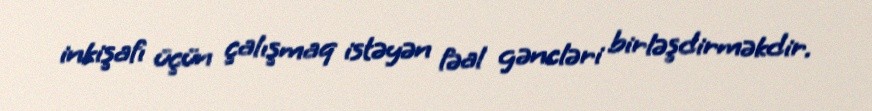
inkişafı üçün çalışmaq istəyən fəal gəncləri birləşdirməkdir.